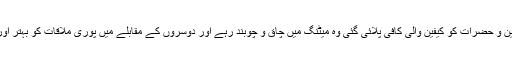
اس بار جن خواتین و حضرات کو کیفین والی کافی پلائی گئی وہ میٹنگ میں چاق و چوبند رہے اور دوسروں کے مقابلے میں پوری ملاقات کو بہتر اور مثبت قرار دیا۔